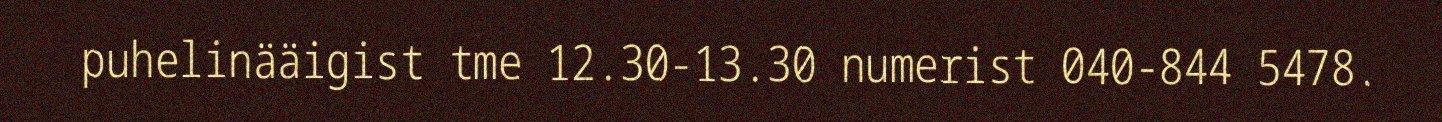
puhelinääigist tme 12.30-13.30 numerist 040-844 5478.